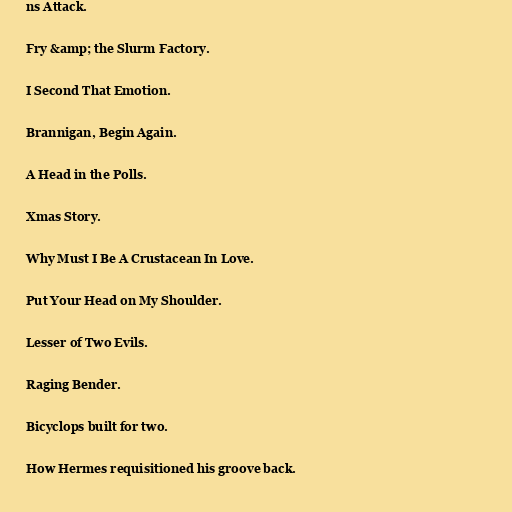
ns Attack.

Fry &amp; the Slurm Factory.

I Second That Emotion.

Brannigan, Begin Again.

A Head in the Polls.

Xmas Story.

Why Must I Be A Crustacean In Love.

Put Your Head on My Shoulder.

Lesser of Two Evils.

Raging Bender.

Bicyclops built for two.

How Hermes requisitioned his groove back.